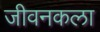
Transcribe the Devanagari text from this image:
जीवनकला